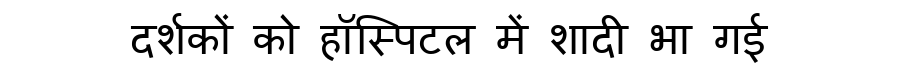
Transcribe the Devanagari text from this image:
दर्शकों को हॉस्पिटल में शादी भा गई